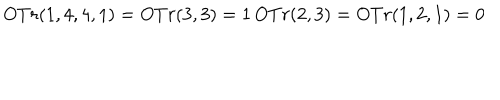
LaTeX: O T r ( 1 , 4 , 4 , 1 ) = O T r ( 3 , 3 ) = 1 \, O T r ( 2 , 3 ) = O T r ( 1 , 2 , 1 ) = 0